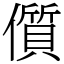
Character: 儨